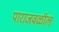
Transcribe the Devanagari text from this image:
पाराजवळील